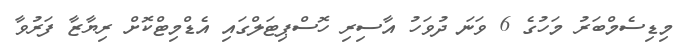
މިޑިސެމްބަރު މަހުގެ 6 ވަނަ ދުވަހު އާސިރި ހޮސްޕިޓަލްގައި އެޑްމިޓްކޮށް ރިޔާޒާ ފަރުވާ